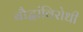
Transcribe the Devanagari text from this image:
बौद्धांविरोधी